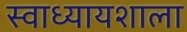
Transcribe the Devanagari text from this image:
स्वाध्यायशाला